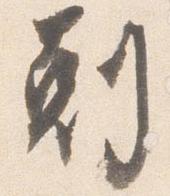
剋